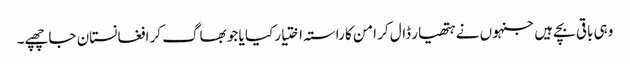
وہی باقی بچے ہیں جنہوں نے ہتھیار ڈال کر امن کا راستہ اختیار کیا یا جو بھاگ کر افغانستان جا چھپے۔